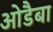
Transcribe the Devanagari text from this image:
ओडैबा